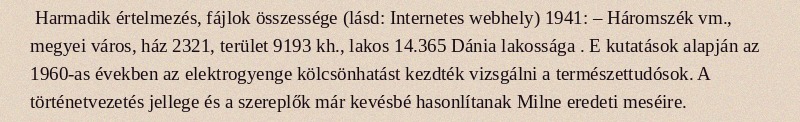
Harmadik értelmezés, fájlok összessége (lásd: Internetes webhely) 1941: – Háromszék vm., megyei város, ház 2321, terület 9193 kh., lakos 14.365 Dánia lakossága . E kutatások alapján az 1960-as években az elektrogyenge kölcsönhatást kezdték vizsgálni a természettudósok. A történetvezetés jellege és a szereplők már kevésbé hasonlítanak Milne eredeti meséire.